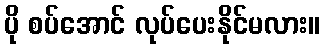
ပို စပ်အောင် လုပ်ပေးနိုင်မလား။